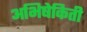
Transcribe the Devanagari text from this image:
अभिषेकिती